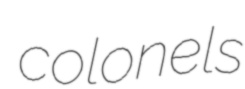
colonels